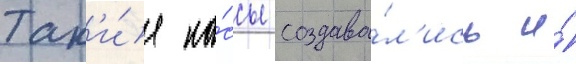
Так'и́е ка́ссы создава́л'ись и́